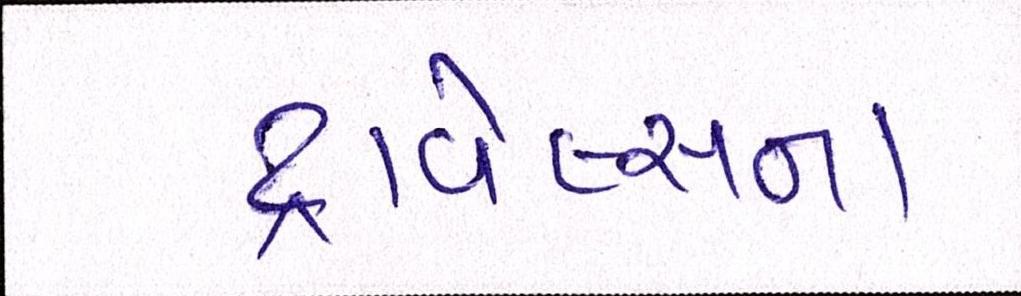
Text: ટ્રાવેલ્સના